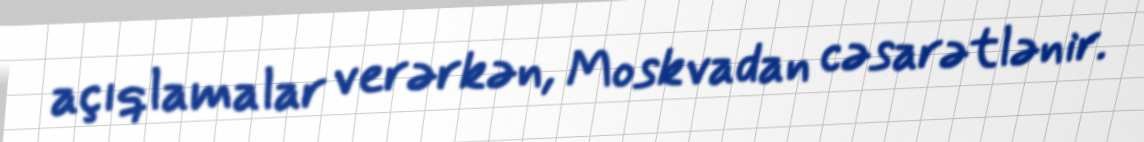
açıqlamalar verərkən, Moskvadan cəsarətlənir.